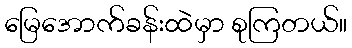
မြေအောက်ခန်းထဲမှာ စုကြတယ်။